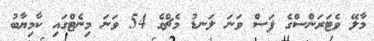
މާލޭ ވެޓަރަންސްގެ ފަސް ވަނަ ލަނޑު މެޗްގެ 54 ވަނަ މިނެޓްގައި ކާމިޔާބު